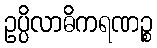
ဥပ္ပိလာဓိကရဏဉ္စ